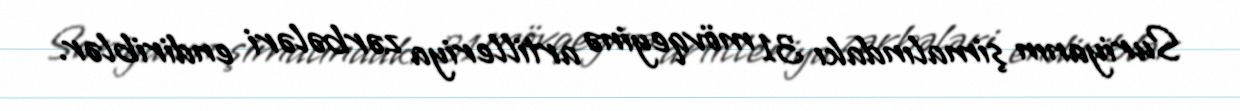
Suriyanın şimalındakı 31 mövqeyinə artilleriya zərbələri endiriblər.